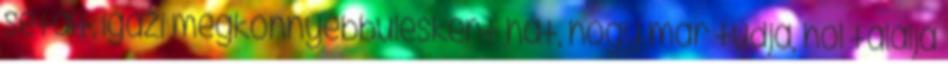
sétált, igazi megkönnyebbülésként hat, hogy már tudja, hol találja